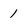
Character: 1